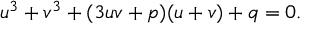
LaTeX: u ^ { 3 } + v ^ { 3 } + ( 3 u v + p ) ( u + v ) + q = 0 .